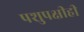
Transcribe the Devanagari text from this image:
पशुपक्षीही